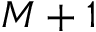
M + 1